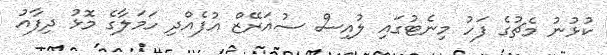
ކުޅުނު މެޗުގެ ފަހު މިނެޓުގައި ލުއިސް ސުއަރޭޒް އުފެއްދި ހަމަލާގެ މޮޅު ދިފާއު